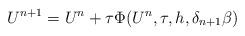
LaTeX: \begin{align*}U^{n+1}=U^n+\tau\Phi(U^n,\tau,h,\delta_{n+1}\beta)\end{align*}